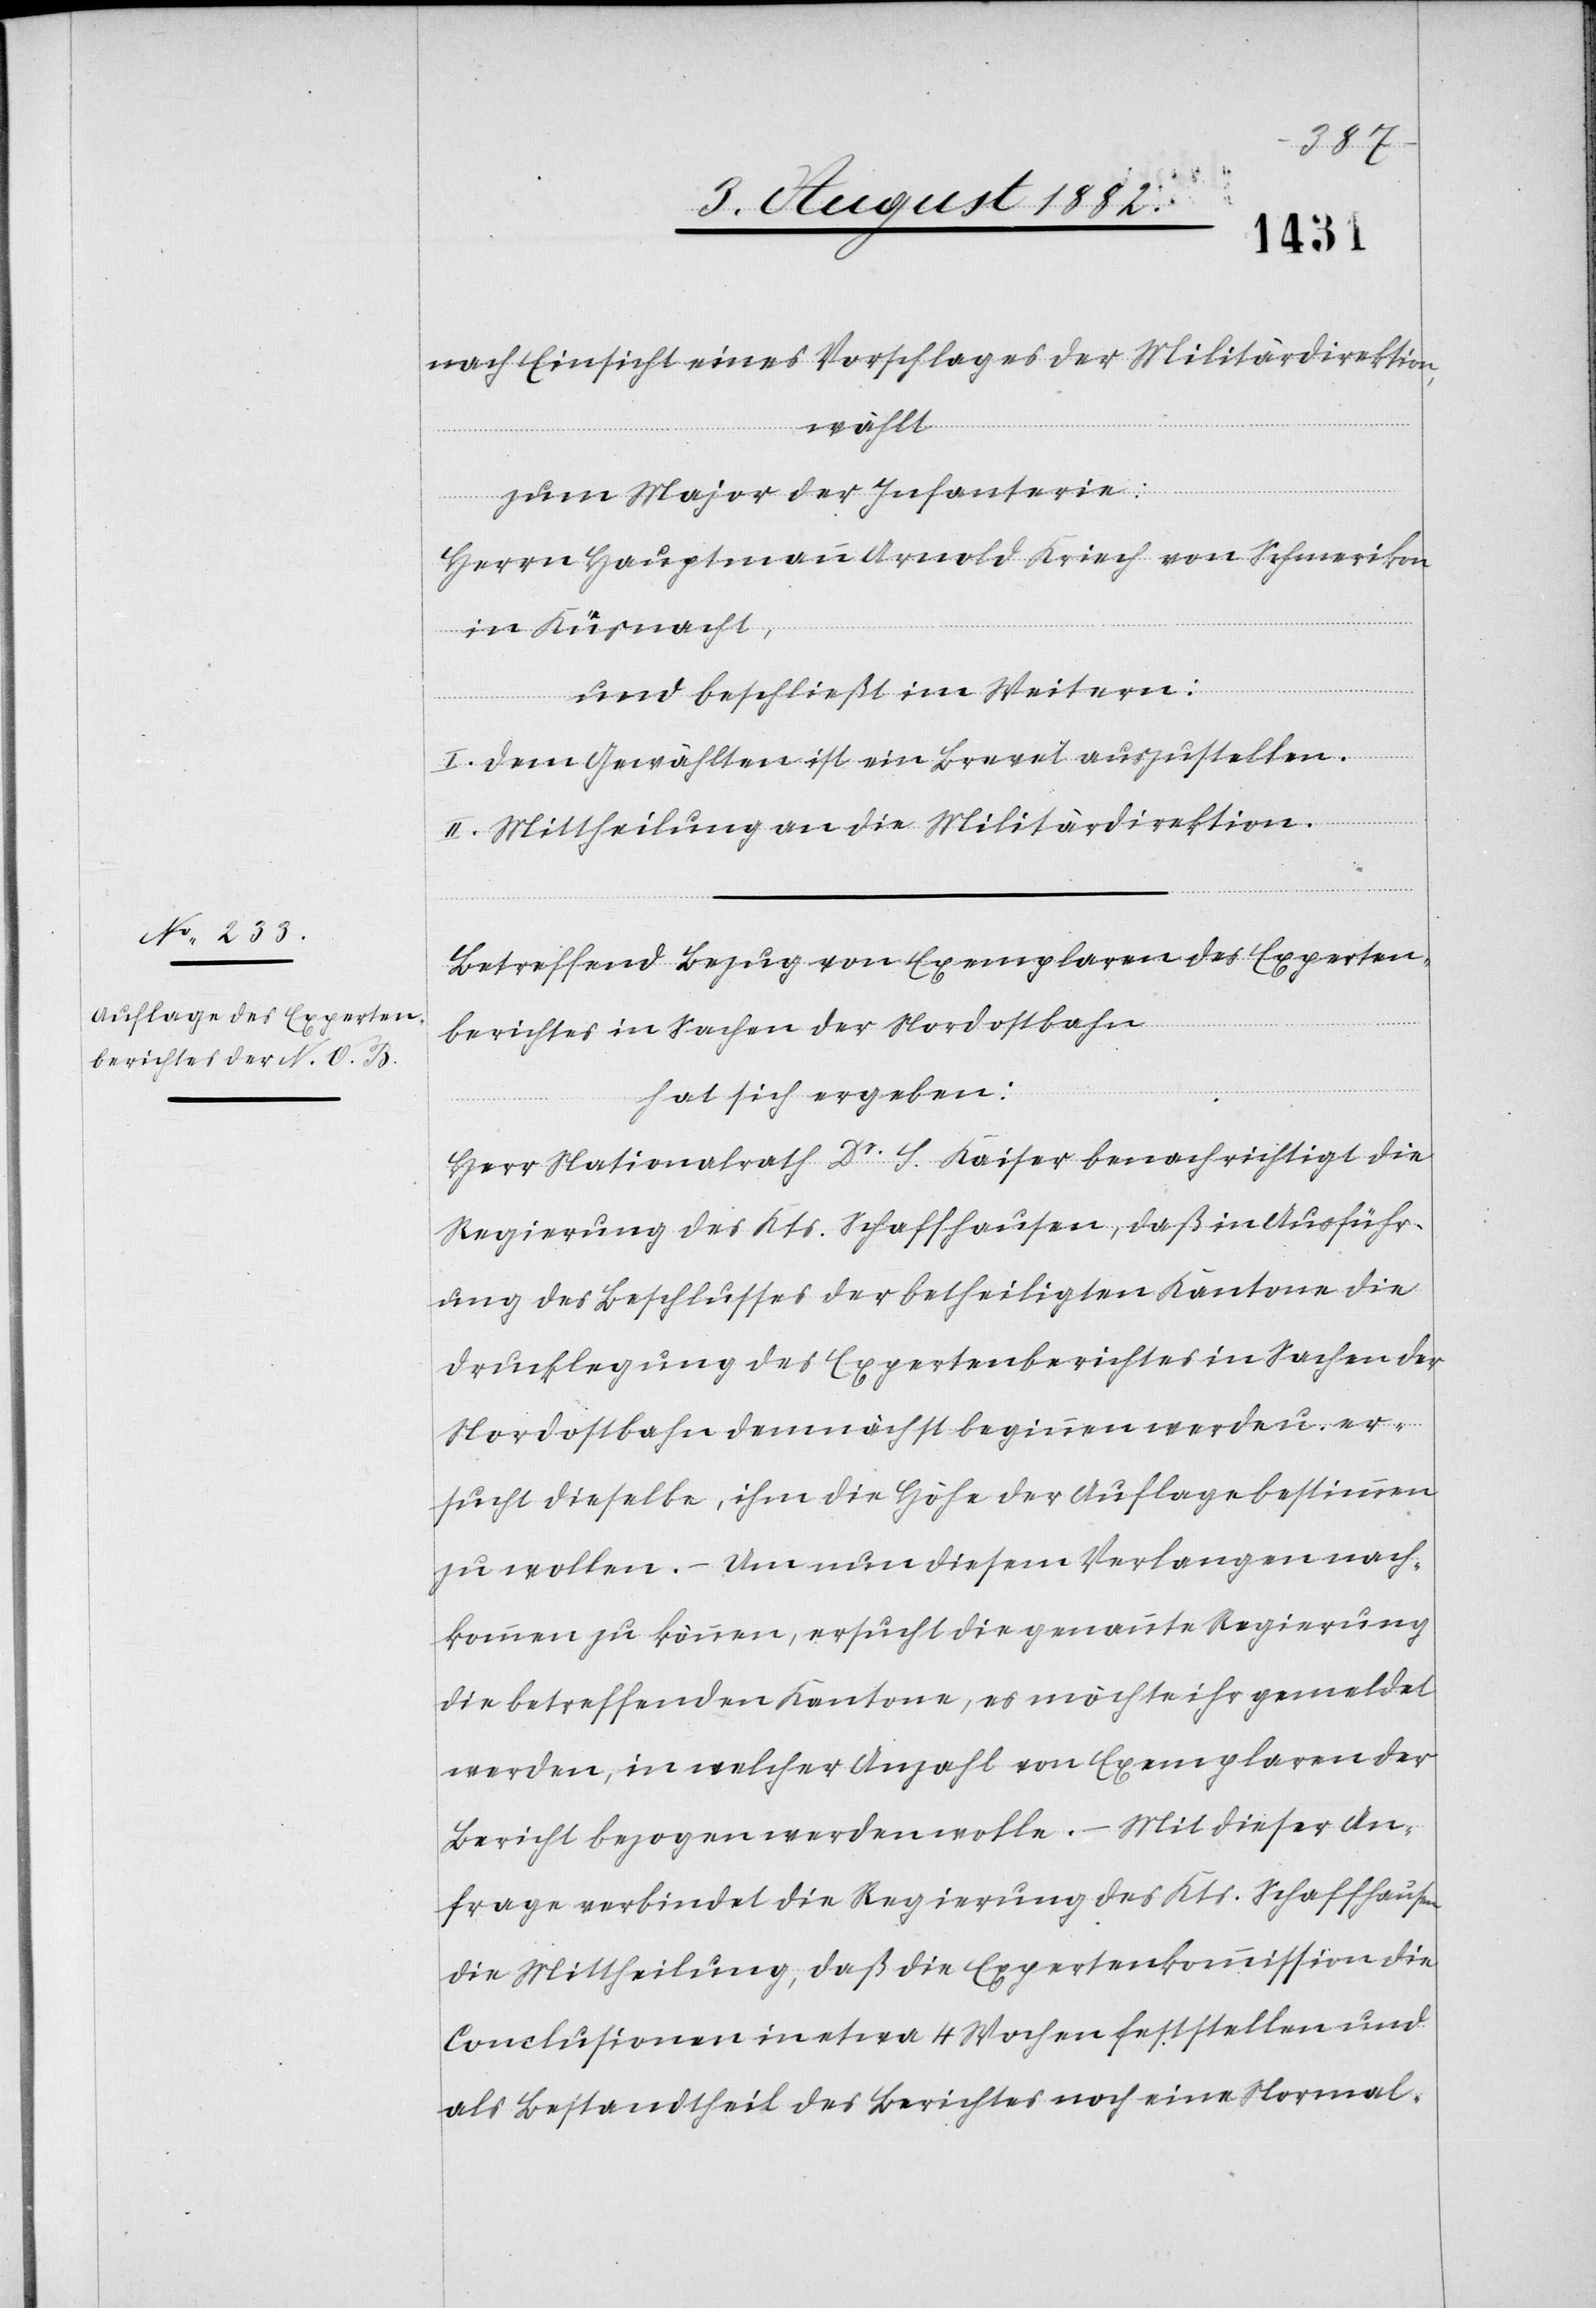
nach Einsicht eines Antrages der Militärdirektion,
wählt:
zum Major der Infanterie:
Herrn Hauptmann Arnold Kriech von Schmerikon
in Küsnacht,
und beschließt im Weitern:
I. Dem Gewählten ist ein Brevet auszustellen.
II. Mittheilung an die Militärdirektion.
Betreffend Bezug von Exemplaren des Experten¬
berichtes in Sachen der Nordostbahn
hat sich ergeben:
Herr Nationalrath Dr S. Kaiser benachrichtigt die
Regierung des Kts. Schaffhausen, daß in Ausführ¬
ung des Beschlusses der betheiligten Kantone die
Drucklegung des Expertenberichtes in Sachen der
Nordostbahn demnächst beginnen werde u. er¬
sucht dieselbe, ihm die Höhe der Auflage bestimmen
zu wollen. – Um nun diesem Verlangen nach¬
kommen zu können, ersucht die genannte Regierung
die betreffenden Kantone, es möchte ihr gemeldet
werden, in welcher Anzahl von Exemplaren der
Bericht bezogen werden wolle. – Mit dieser An¬
frage verbindet die Regierung des Kts. Schaffhausen
die Mittheilung, daß die Expertenkommission die
Conclusionen in etwa 4 Wochen feststellen und
als Bestandtheil des Berichtes noch eine Normal-